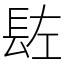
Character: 䦈